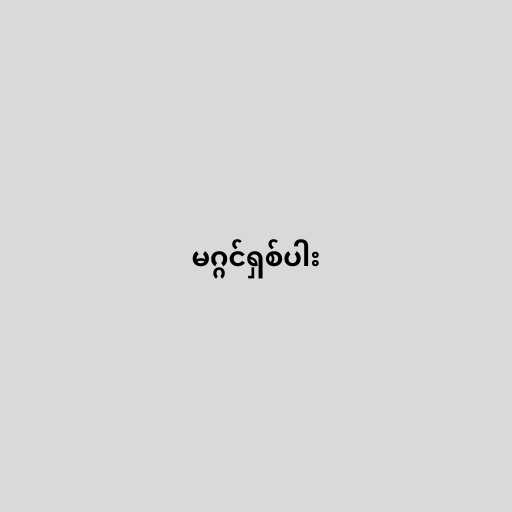
မဂ္ဂင်ရှစ်ပါး